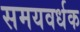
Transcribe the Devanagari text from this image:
समयवर्धक